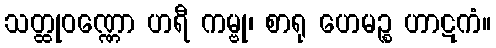
သတ္ထုဝဏ္ဏော ဟရီ ကမ္ဗု၊ စာရု ဟေမဉ္စ ဟာဋကံ။